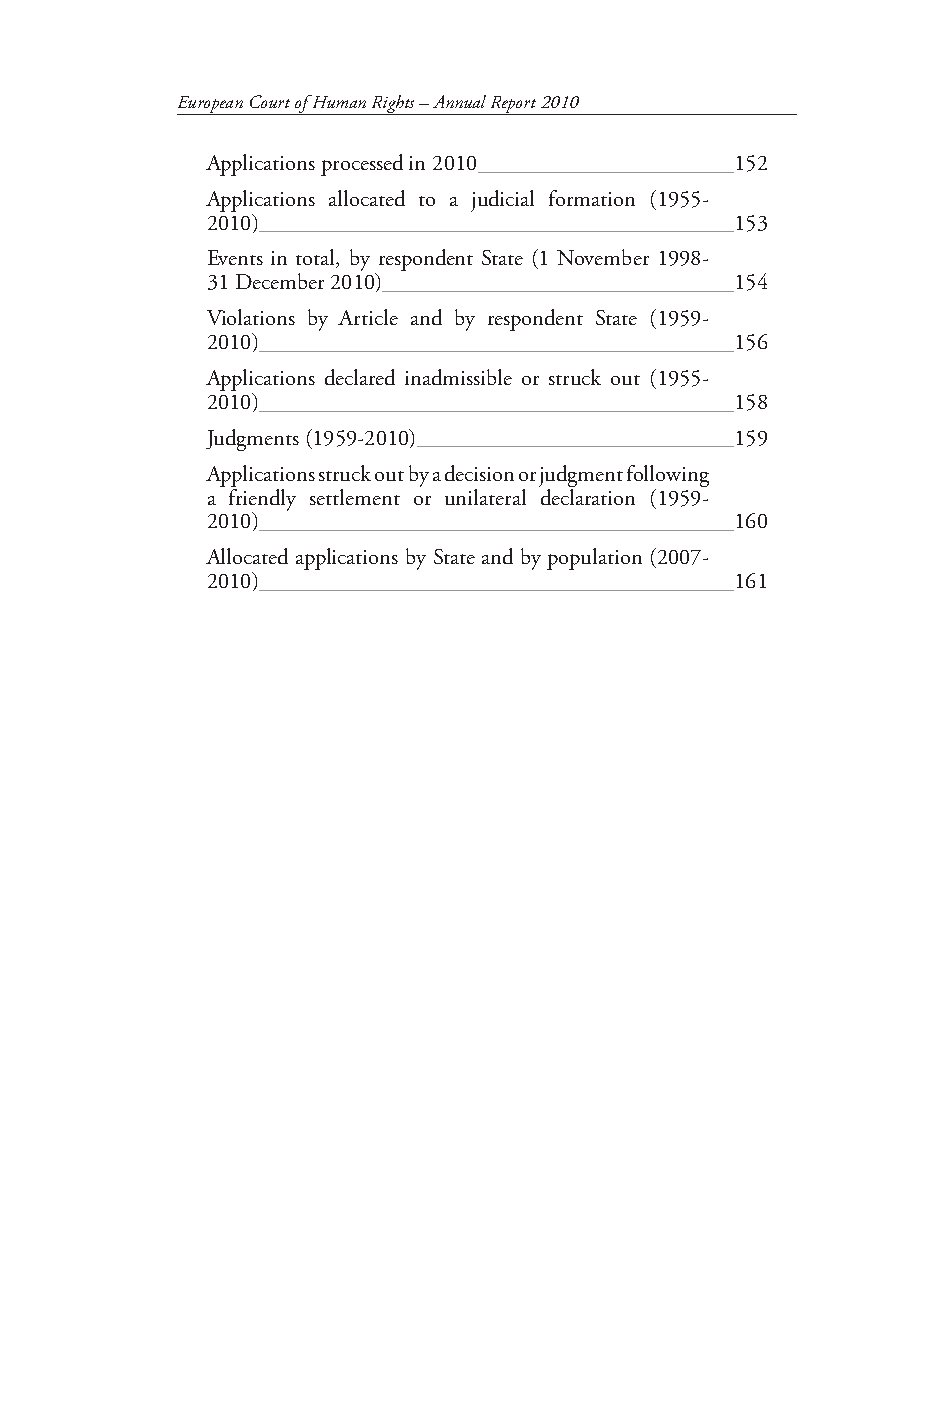
European Court of Human Rights – Annual Report 2010
 Applications processed in 2010     152
 Applications allocated to a judicial formation (1955-
 2010)                              153
 Events in total, by respondent State (1 November 1998-
 31 December 2010)                  154
 Violations by Article and by respondent State (1959-
 2010)                              156
 Applications declared inadmissible or struck out (1955-
 2010)                              158
 Judgments (1959-2010)              159
 Applications struck out by a decision or judgment following
 a friendly settlement or unilateral declaration (1959-
 2010)                              160
 Allocated applications by State and by population (2007-
 2010)                              161